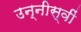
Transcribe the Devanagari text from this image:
उन्नीस्वीं